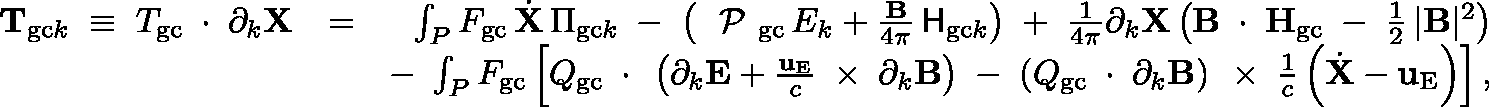
\begin{array} { r l r } { { \bf T } _ { \mathrm { g c } k } \; \equiv \; \mathbb { T } _ { \mathrm { g c } } \, \mathrm { \boldmath ~ \cdot ~ } \, \partial _ { k } { \bf X } } & { = } & { \int _ { P } F _ { \mathrm { g c } } \, \dot { \bf X } \, \Pi _ { \mathrm { g c } k } \; - \; \left( \mathrm { \boldmath ~ \cal ~ P ~ } _ { \mathrm { g c } } \, E _ { k } + \frac { \bf B } { 4 \pi } \, { \sf H } _ { \mathrm { g c } k } \right) \; + \; \frac { 1 } { 4 \pi } \partial _ { k } { \bf X } \left( { \bf B } \, \mathrm { \boldmath ~ \cdot ~ } \, { \bf H } _ { \mathrm { g c } } \; - \; \frac { 1 } { 2 } \, | { \bf B } | ^ { 2 } \right) } \\ & { } & { - \; \int _ { P } F _ { \mathrm { g c } } \left[ \mathbb { Q } _ { \mathrm { g c } } \, \mathrm { \boldmath ~ \cdot ~ } \, \left( \partial _ { k } { \bf E } + \frac { { \bf u } _ { \mathrm { E } } } { c } \, \mathrm { \boldmath ~ \times ~ } \, \partial _ { k } { \bf B } \right) \; - \; \left( \mathbb { Q } _ { \mathrm { g c } } \, \mathrm { \boldmath ~ \cdot ~ } \, \partial _ { k } { \bf B } \right) \, \mathrm { \boldmath ~ \times ~ } \, \frac { 1 } { c } \left( \dot { \bf X } - { \bf u } _ { \mathrm { E } } \right) \right] , } \end{array}